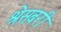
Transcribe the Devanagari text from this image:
श्रेसबरी